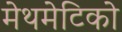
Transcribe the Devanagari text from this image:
मेथमेटिको